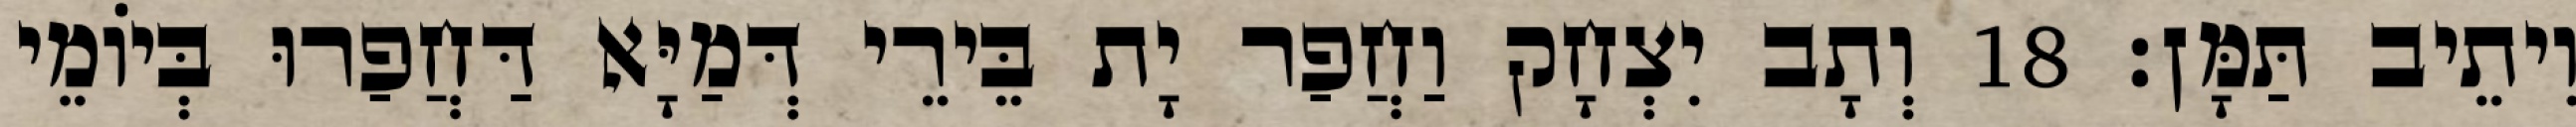
וִיתֵיב תַּמָּן׃ 18 וְתָב יִצְחָק וַחֲפַר יָת בֵּירֵי דְּמַיָּא דַּחֲפַרוּ בְּיוֹמֵי